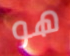
هو